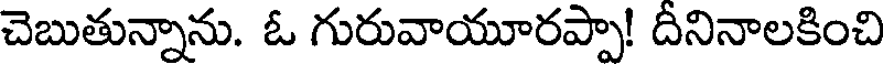
చెబుతున్నాను. ఓ గురువాయూరప్పా! దీనినాలకించి